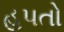
હપતો